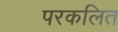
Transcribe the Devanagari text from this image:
परकलित